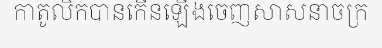
កាតូលិកបានកើនឡើងចេញសាសនាចក្រ